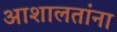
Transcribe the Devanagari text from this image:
आशालतांना